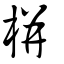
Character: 栟